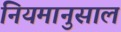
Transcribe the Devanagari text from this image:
नियमानुसाल